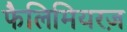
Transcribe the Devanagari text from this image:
फैलिमियरज़